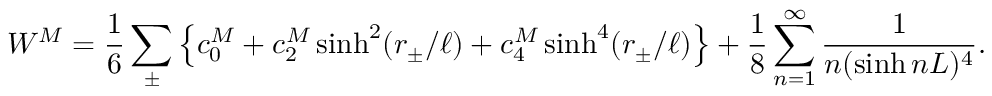
W ^ { M } = \frac 1 6 \sum _ { \pm } \left\{ c _ { 0 } ^ { M } + c _ { 2 } ^ { M } \sinh ^ { 2 } ( r _ { \pm } / \ell ) + c _ { 4 } ^ { M } \sinh ^ { 4 } ( r _ { \pm } / \ell ) \right\} + \frac { 1 } { 8 } \sum _ { n = 1 } ^ { \infty } \frac { 1 } { n ( \sinh n L ) ^ { 4 } } .